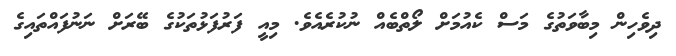
ދިވެހިން މިބާވަތުގެ މަސް ކެއުމަށް ލޯތްބެއް ނުކުރެއެވެ. މިއީ ފަރުފަޅުތަކުގެ ބޭރަށް ނަނުފައްތައިގެ